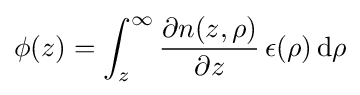
\phi (z)=\int _{z}^{\infty }{\frac {\partial n(z,\rho )}{\partial z}}\,\epsilon (\rho )\,{\rm {d}}\rho